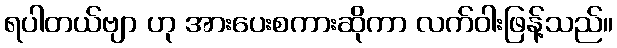
ရပါတယ်ဗျာ ဟု အားပေးစကားဆိုကာ လက်ဝါးဖြန့်သည်။